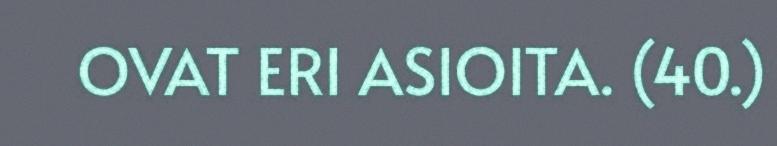
OVAT ERI ASIOITA. (40.)